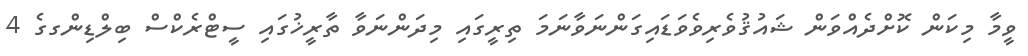
ވީމާ މިކަން ކޮށްދެއްވަން ޝައުޤުވެރިވެވަޑައިގަަންނަވާނަމަ ތިރީގައި މިދަންނަވާ ތާރީޚުގައި ސީޓްރެކްސް ބިލްޑިންގގެ 4